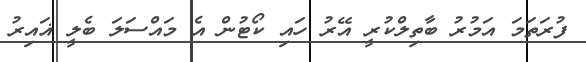
ފުރަތަމަ އަމުރު ބާތިލްކުރީ އޭރު ހައި ކޯޓުން އެ މައްސަލަ ބެލީ ޣައިރު